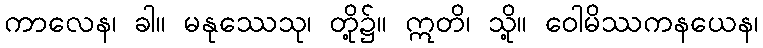
ကာလေန၊ ခါ။ မနုဿေသု၊ တို့၌။ ဣတိ၊ သို့။ ဝေါမိဿကနယေန၊